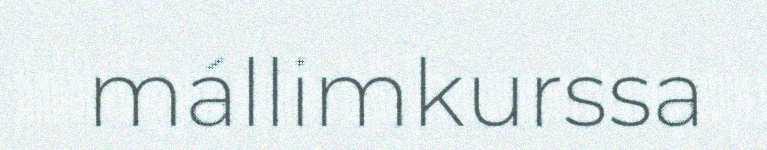
mállimkurssa